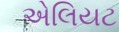
એલિયટ